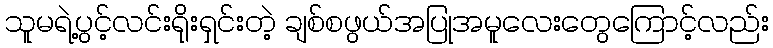
သူမရဲ့ပွင့်လင်းရိုးရှင်းတဲ့ ချစ်စဖွယ်အပြုအမူလေးတွေကြောင့်လည်း